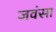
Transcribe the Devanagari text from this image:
जवंसा